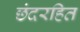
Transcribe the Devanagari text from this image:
छंदरहित